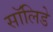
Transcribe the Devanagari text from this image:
सॉलिडे